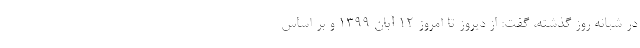
در شبانه روز گذشته، گفت: از دیروز تا امروز ۱۲ آبان ۱۳۹۹ و بر اساس